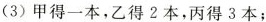
（3）甲得一本，乙得2本，丙得3本；